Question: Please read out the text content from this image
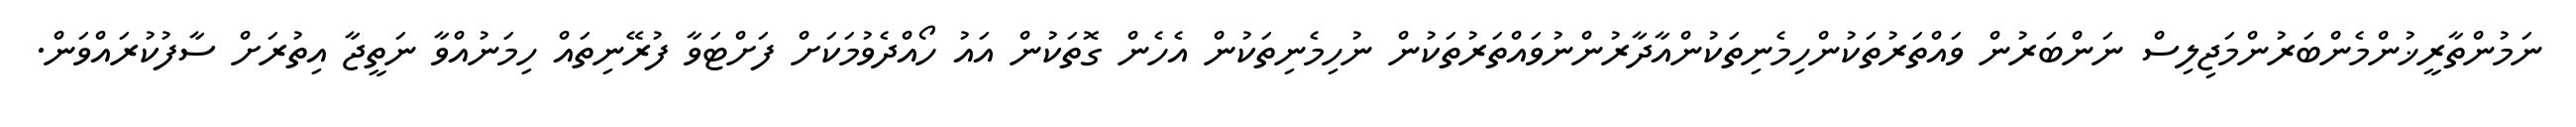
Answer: ނަމުންތާރީޚުންމެންބަރުންމަޖިލިސް ނަންބަރުން ވައްތަރުތަކުންހިމެނިތަކުންއާދާރުންނުވައްތަރުތަކުން ނުހިމެނިތަކުން އެހެން ގޮތަކުން އައު ހޯއްދެވުމަކަށް ފަށްޓަވާ ފުރޭނިތައް ހިމަނުއްވާ ނަތީޖާ އިތުރަށް ސާފުކުރައްވަން.